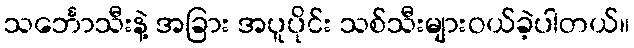
သင်္ဘောသီးနဲ့ အခြား အပူပိုင်း သစ်သီးများဝယ်ခဲ့ပါတယ်။